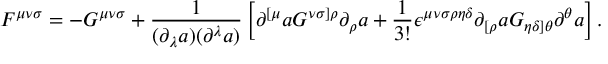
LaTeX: F ^ { { \mu } { \nu } { \sigma } } = - G ^ { { \mu } { \nu } { \sigma } } + \frac { 1 } { ( { \partial } _ { \lambda } a ) ( { \partial } ^ { \lambda } a ) } \left[ { \partial } ^ { [ { \mu } } a { \cal G } ^ { { \nu } { \sigma } ] { \rho } } { \partial } _ { \rho } a + \frac { 1 } { 3 ! } { \epsilon } ^ { { \mu } { \nu } { \sigma } { \rho } { \eta } { \delta } } { \partial } _ { [ { \rho } } a { \cal G } _ { { \eta } { \delta } ] { \theta } } { \partial } ^ { \theta } a \right] .